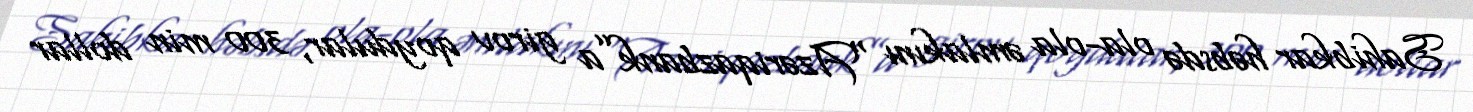
Sahibkar həbsdə ola-ola əmlakını “Azəriqazbank”a girov qoydular, 300 min dollar